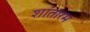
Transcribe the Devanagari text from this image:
शांतारम